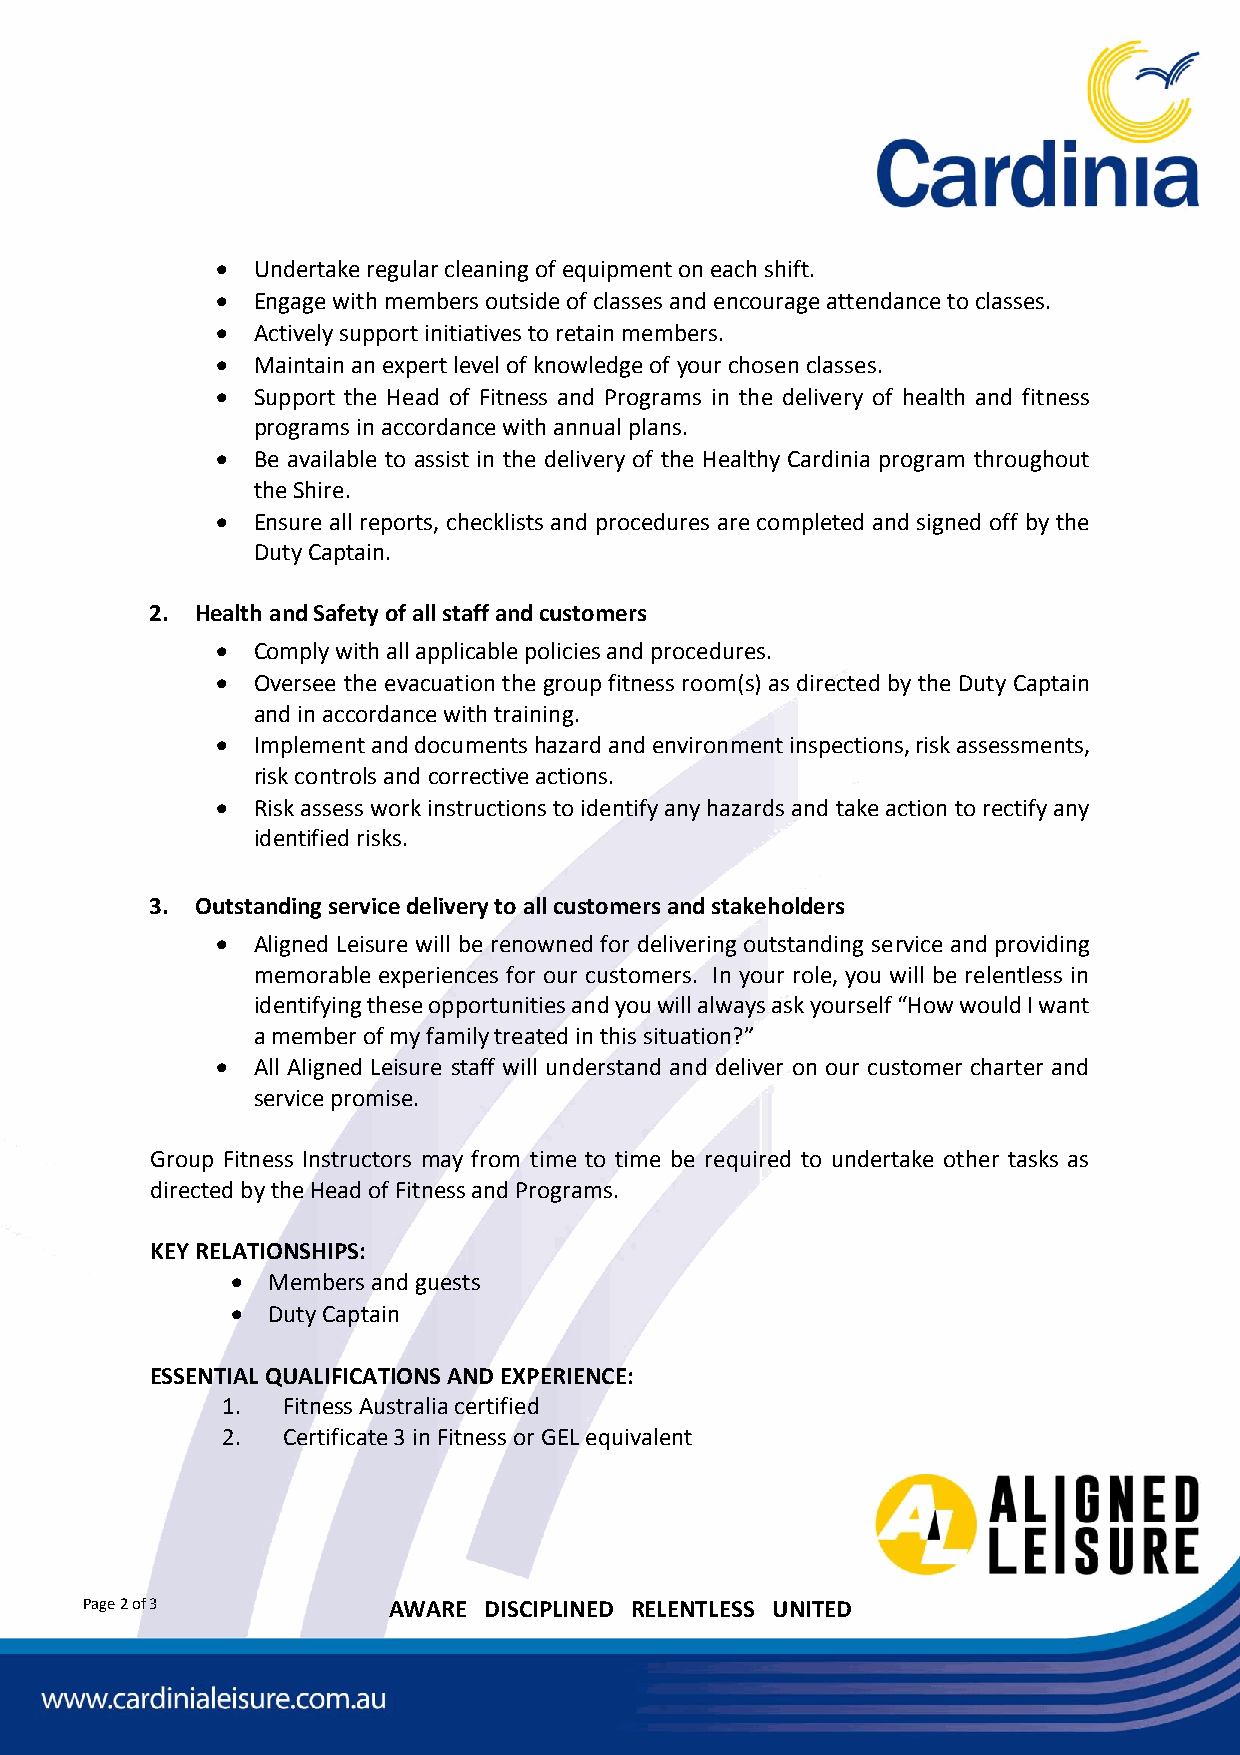
  Undertake regular cleaning of equipment on each shift.
   Engage with members outside of classes and encourage attendance to classes.
   Actively support initiatives to retain members.
   Maintain an expert level of knowledge of your chosen classes.
   Support the Head of Fitness and Programs in the delivery of health and fitness
 programs in accordance with annual plans.
   Be available to assist in the delivery of the Healthy Cardinia program throughout
 the Shire.
   Ensure all reports, checklists and procedures are completed and signed off by the
 Duty Captain.
 2. Health and Safety of all staff and customers
   Comply with all applicable policies and procedures.
   Oversee the evacuation the group fitness room(s) as directed by the Duty Captain
 and in accordance with training.
   Implement and documents hazard and environment inspections, risk assessments,
 risk controls and corrective actions.
   Risk assess work instructions to identify any hazards and take action to rectify any
 identified risks.
 3. Outstanding service delivery to all customers and stakeholders
   Aligned Leisure will be renowned for delivering outstanding service and providing
 memorable experiences for our customers. In your role, you will be relentless in
 identifying these opportunities and you will always ask yourself “How would I want
 a member of my family treated in this situation?”
   All Aligned Leisure staff will understand and deliver on our customer charter and
 service promise.
 Group Fitness Instructors may from time to time be required to undertake other tasks as
 directed by the Head of Fitness and Programs.
 KEY RELATIONSHIPS:
   Members and guests
   Duty Captain
 ESSENTIAL QUALIFICATIONS AND EXPERIENCE:
 1.  Fitness Australia certified
 2.  Certificate 3 in Fitness or GEL equivalent
 Page 2 of 3          AWARE DISCIPLINED RELENTLESS UNITED